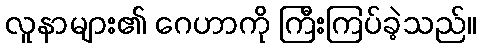
လူနာများ၏ ဂေဟာကို ကြီးကြပ်ခဲ့သည်။